Vaccination in Burma 1920-1933 - 1920-1933
Year: 1920
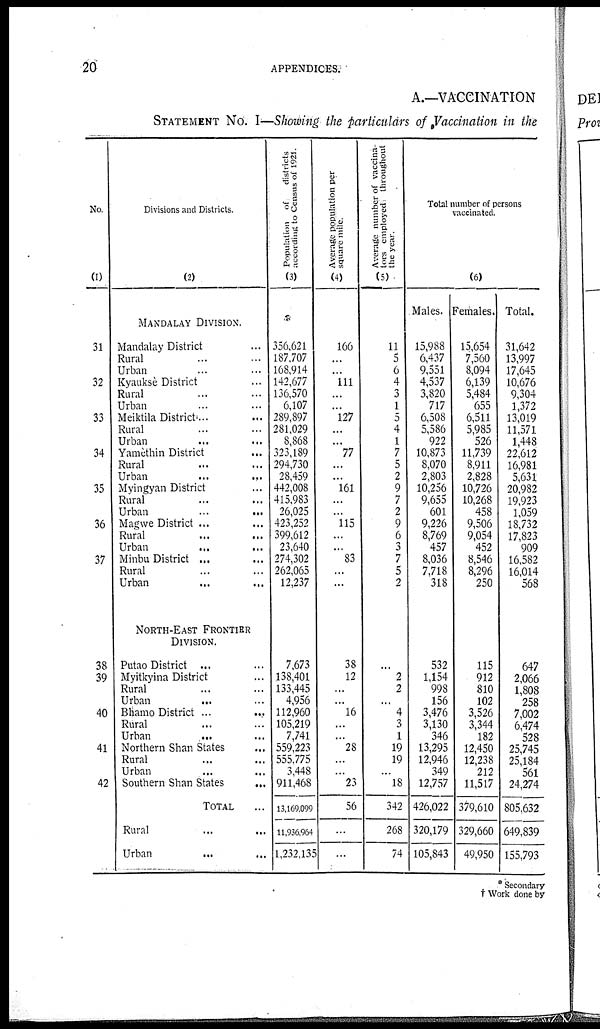
20
APPENDICES.
A.—VACCINATION
STATEMENT No. I—Showing the particulars of Vaccination in the
No.
(1)
31
32
33
34
35
36
37
38
39
40
41
42
Divisions and Districts.
(2)
MANDALAY DIVISION.
Mandalay District ...
Rural ... ...
Urban ... ...
Kyauksè District ...
Rural ... ...
Urban ... ...
Meiktila District ... ...
Rural ... ...
Urban ... ...
Yamèthin District ...
Rural ... ...
Urban
... ...
Myingyan District ...
Rural ... ...
Urban
...
...
Magwe District ... ...
Rural ... ...
Urban
...
...
Minbu District ... ...
Rural ... ...
Urban ... ...
NORTH-EAST FRONTIER
DIVISION.
Putao District ... ...
Myitkyina District ...
Rural ... ...
Urban ... ...
Bhamo District ...
....
Rural ... ...
Urban
... ...
Northern Shan States ...
Rural ... ...
Urban ... ...
Southern Shan States
...
TOTAL ...
Rural ... ...
Urban
... ...
Population of
districts
according to Census of 1921.
(3)
356,621
187,707
168,914
142,677
136,570
6,107
289,897
281,029
8,868
323,189
294,730
28,459
442,008
415,983
26,025
423,252
399,612
23,640
274,302
262,065
12,237
7,673
138,401
133,445
4,956
112,960
105,219
7,741
559,223
555,775
3,448
911,468
13,169,099
11,936,964
1,232,135
Average population per
square mile.
(4)
166
...
...
111
...
...
127
...
...
77
...
...
161
...
...
115
...
...
83
...
...
38
12
...
...
16
...
...
28
...
...
23
56
...
...
Average number of vaccina-
tors employed throughout
the year.
(5)
11
5
6
4
3
1
5
4
1
7
5
2
9
7
2
9
6
3
7
5
2
...
2
2
...
4
3
1
19
19
...
18
342
268
74
Total number of persons
vaccinated.
(6)
Males.
15,988
6,437
9,551
4,537
3,820
717
6,508
5,586
922
10,873
8,070
2,803
10,256
9,655
601
9,226
8,769
457
8,036
7,718
318
532
1,154
998
156
3,476
3,130
346
13,295
12,946
349
12,757
426,022
320,179
105,843
Females.
15,654
7,560
8,094
6,139
5,484
655
6,511
5,985
526
11,739
8,911
2,828
10,726
10,268
458
9,506
9,054
452
8,546
8,296
250
115
912
810
102
3,526
3,344
182
12,450
12,238
212
11,517
379,610
329,660
49,950
Total.
31,642
13,997
17,645
10,676
9,304
1,372
13,019
11,571
1,448
22,612
16,981
5,631
20,982
19,923
1,059
18,732
17,823
909
16,582
16,014
568
647
2,066
1,808
258
7,002
6,474
528
25,745
25,184
561
24,274
805,632
649,839
155,793
* Secondary
† Work done by